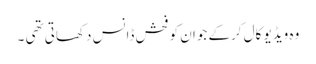
وہ ویڈیو کال کرکے جوان کو فحش ڈانس دکھاتی تھی ۔